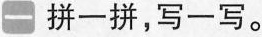
一拼一拼，写一写。